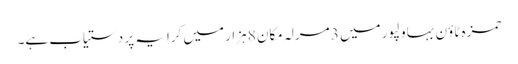
حمزہ ٹاؤن بہاولپور میں 3 مرلہ مکان 8 ہزار میں کرایہ پر دستیاب ہے۔